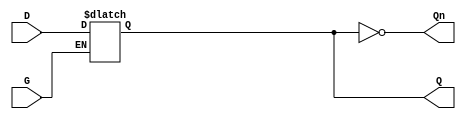
module dual_input_gated_latch (
    input wire D,        // Data input
    input wire G,        // Gate input
    output reg Q,        // Output
    output wire Qn       // Complement output
);

// Complement output is the inverse of Q
assign Qn = ~Q;

// Latch behavior
always @(*) begin
    if (G) begin
        Q = D;  // Capture D when G is high
    end
    // If G is low, Q retains its previous state (no assignment needed)
end

endmodule